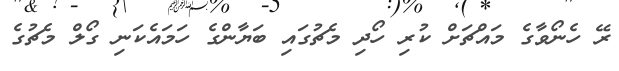
ރޭ ހެނޯވާގެ މައްޗަށް ކުރި ހޯދި މެޗުގައި ބަޔާންގެ ހަމައެކަނި ގޯލް މެޗުގެ